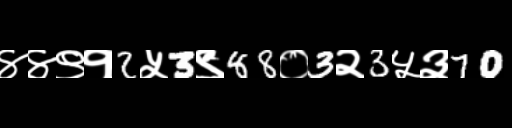
Text: ४४९१2५3९88०3२3५३70